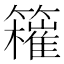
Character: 𥶮